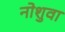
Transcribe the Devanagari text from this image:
नोशुवा